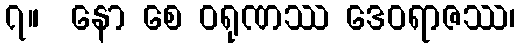
၇။  နော စေ ဝရုဏဿ ဒေဝရာဇဿ၊